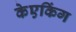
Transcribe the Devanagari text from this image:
केएकिंग